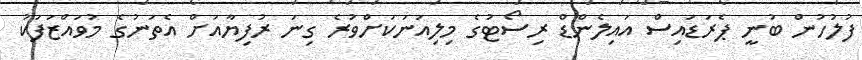
ފުލުހުން ބުނީ ޕެރަޑައިސް އައިލެންޑް ރިސޯޓުގެ މިލިއަނަަކަށްވުރެ ގިނަ ރުފިޔާއަށް އެތަނުގެ މުވައްޒަފަކު